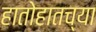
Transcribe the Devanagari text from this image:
हातोहातच्या